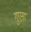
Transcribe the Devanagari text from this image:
गुएना